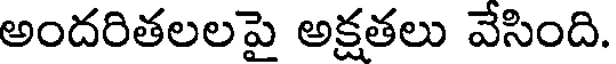
అందరితలలపై అక్షతలు వేసింది.